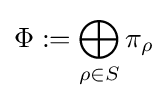
\Phi :=\bigoplus _{\rho \in S}\pi _{\rho }